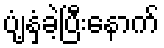
ပျံ့နှံ့ခဲ့ပြီးနောက်